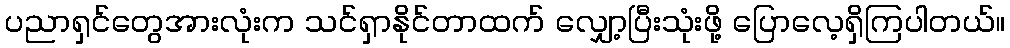
ပညာရှင်တွေအားလုံးက သင်ရှာနိုင်တာထက် လျှော့ပြီးသုံးဖို့ ပြောလေ့ရှိကြပါတယ်။